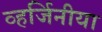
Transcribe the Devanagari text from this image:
व्हर्जिनीया